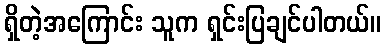
ရှိတဲ့အကြောင်း သူက ရှင်းပြချင်ပါတယ်။